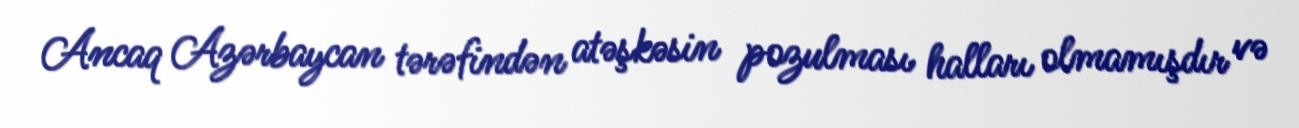
Ancaq Azərbaycan tərəfindən atəşkəsin pozulması halları olmamışdır və